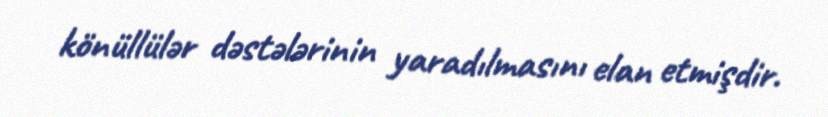
könüllülər dəstələrinin yaradılmasını elan etmişdir.